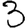
Digit: 3